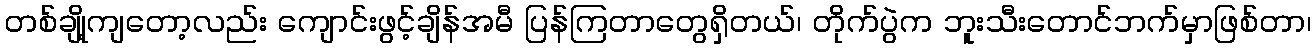
တစ်ချို့ကျတော့လည်း ကျောင်းဖွင့်ချိန်အမီ ပြန်ကြတာတွေရှိတယ်၊ တိုက်ပွဲက ဘူးသီးတောင်ဘက်မှာဖြစ်တာ၊